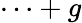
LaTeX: \cdots+g